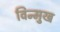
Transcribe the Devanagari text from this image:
विन्‍मुख